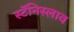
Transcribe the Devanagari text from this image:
स्टॅनिस्लाव